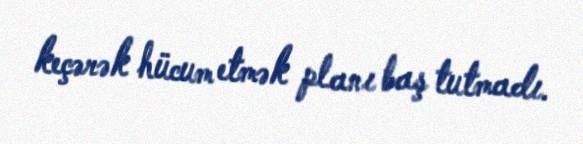
keçərək hücum etmək planı baş tutmadı.